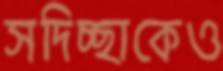
সদিচ্ছাকেও